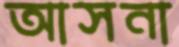
আসনা